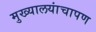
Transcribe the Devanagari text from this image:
मुख्यालयांचापण